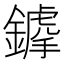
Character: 𨬳